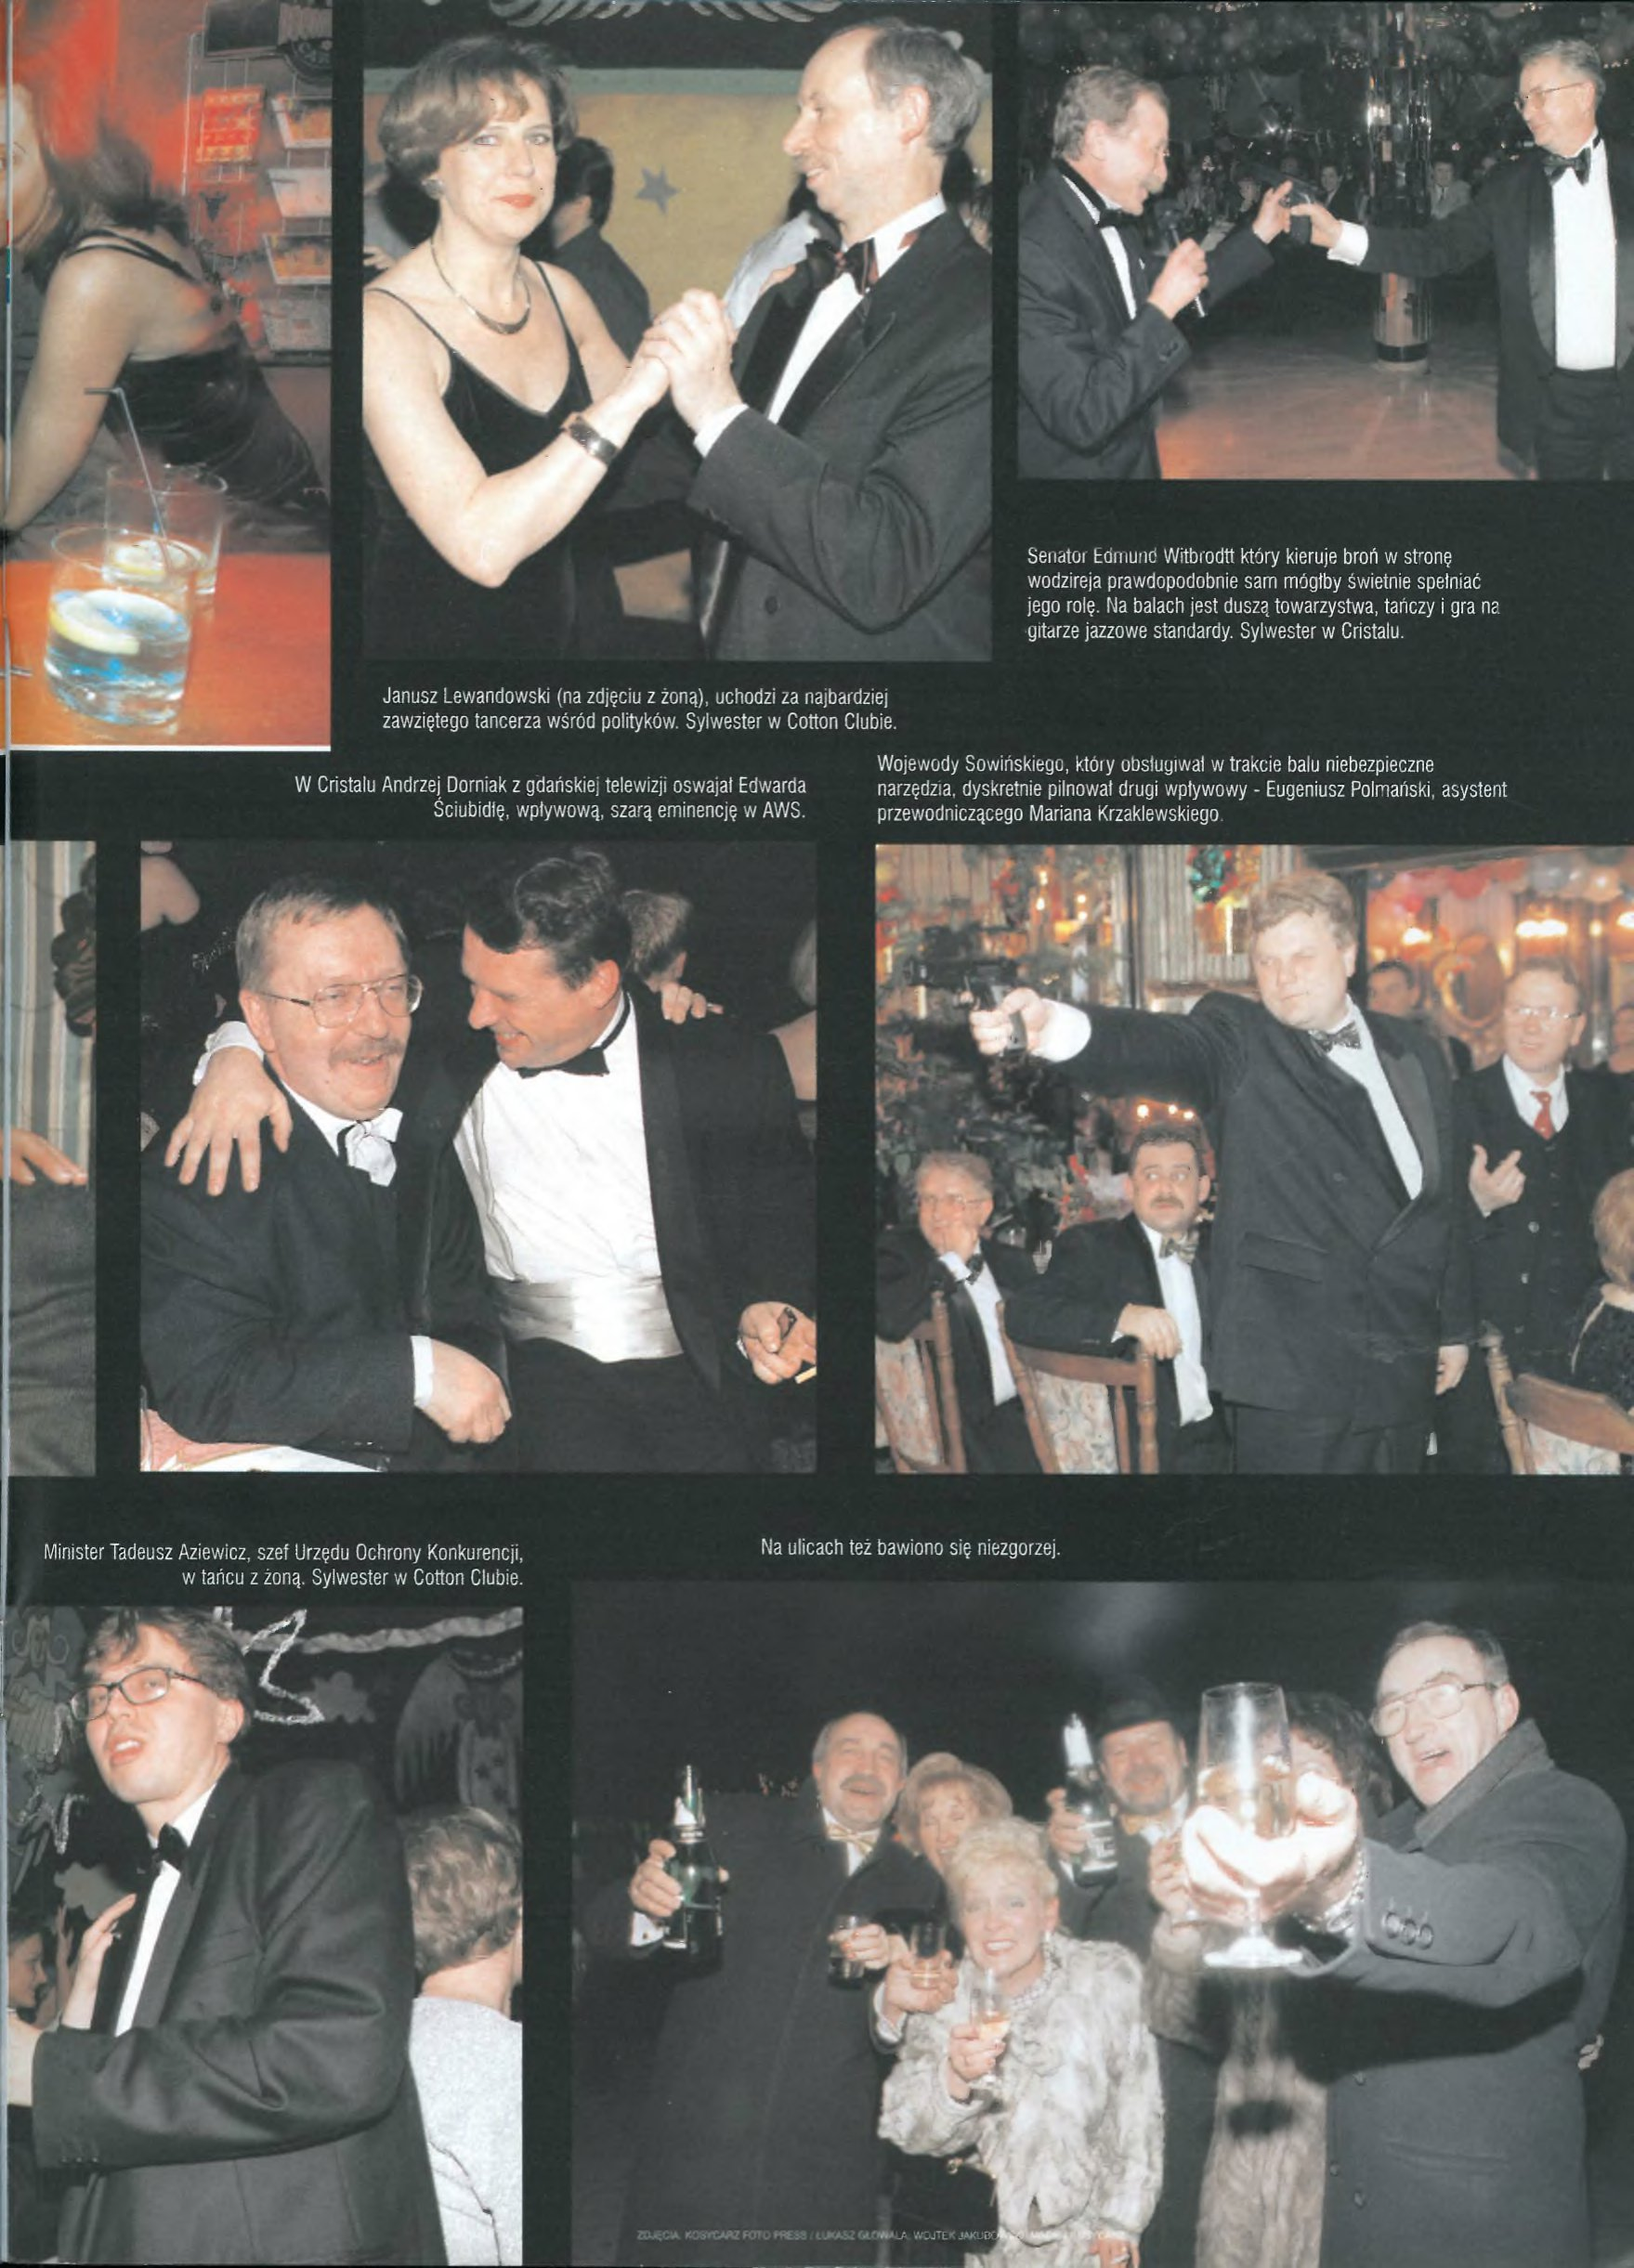
Language: pl